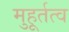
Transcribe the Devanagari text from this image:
मुहूर्तत्व